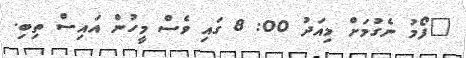
"ފޯމު ނެގުމަށް މިއަދު 00: 8 ގައި ވެސް މީހުން އައިސް ތިބި.